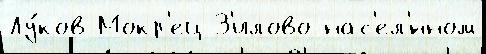
Лу́ков Мокр'ец З'илово нас'ел'́нном